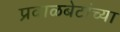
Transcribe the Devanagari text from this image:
प्रवाळबेटांच्या